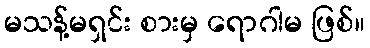
မသန့်မရှင်း စားမှ ရောဂါမ ဖြစ်။